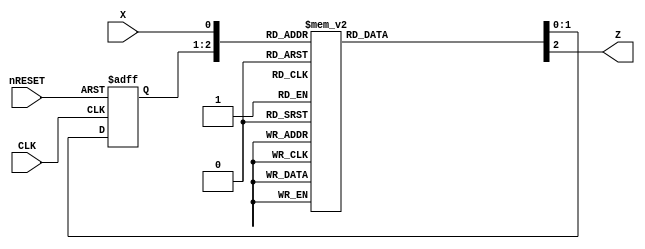
module SeqRec_minseok (
	input		nRESET, CLK, X,
	output	reg	Z
);
localparam STA = 2'b00;
localparam STB = 2'b01;
localparam STC = 2'b10;
localparam STD = 2'b11;

reg [1:0] state;
reg [1:0] next_state;

always @(*)
begin
//combinational circuit 
//from X and state to Z and next_state

	case ({state, X}) 
		{STA, 1'b0} : begin
			next_state = STA;
			Z = 1'b0;
		end
		{STA, 1'b1} : begin
			next_state = STB;
			Z = 1'b0;
		end
		{STB, 1'b0} : begin
			next_state = STA;
			Z = 1'b0;
		end
		{STB, 1'b1} : begin
			next_state = STC;
			Z = 1'b0;
		end
		{STC, 1'b0} : begin
			next_state = STD;
			Z = 1'b0;
		end
		{STC, 1'b1} : begin
			next_state = STC;
			Z = 1'b0;
		end
		{STD, 1'b0} : begin
			next_state = STA;
			Z = 1'b0;
		end
		{STD, 1'b1} : begin
			next_state = STB;
			Z = 1'b1;
		end
	endcase

end

always @(negedge nRESET or posedge CLK) 
begin
	if (~nRESET) begin
		state[1:0] <= STA;
	end
	else begin
		state[1:0] <= next_state[1:0];
	end
end
endmodule